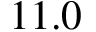
1 1 . 0